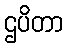
ဌပိတာ